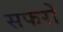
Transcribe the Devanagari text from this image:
सफरों